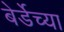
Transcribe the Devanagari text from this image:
बेर्डेच्या